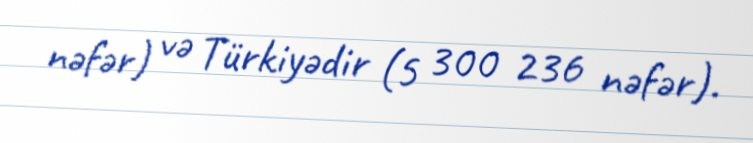
nəfər) və Türkiyədir (5 300 236 nəfər).